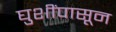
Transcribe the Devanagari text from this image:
घुशींपासून